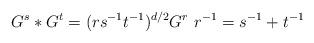
LaTeX: \begin{align*}G^s*G^t = (rs^{-1}t^{-1})^{d/2} G^r\ r^{-1} = s^{-1}+t^{-1}\end{align*}